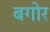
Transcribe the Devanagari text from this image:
बगोर